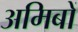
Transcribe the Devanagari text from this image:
अमिबों